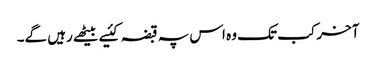
آخر کب تک وہ اس پہ قبضہ کئیے بیٹھے رہیں گے۔